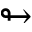
\looparrowright